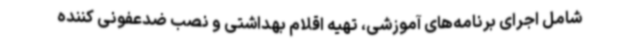
شامل اجرای برنامه‌های آموزشی، تهیه اقلام بهداشتی و نصب ضدعفونی کننده